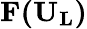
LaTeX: \mathbf{F(U_{L})}